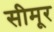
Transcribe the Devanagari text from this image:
सीमूर